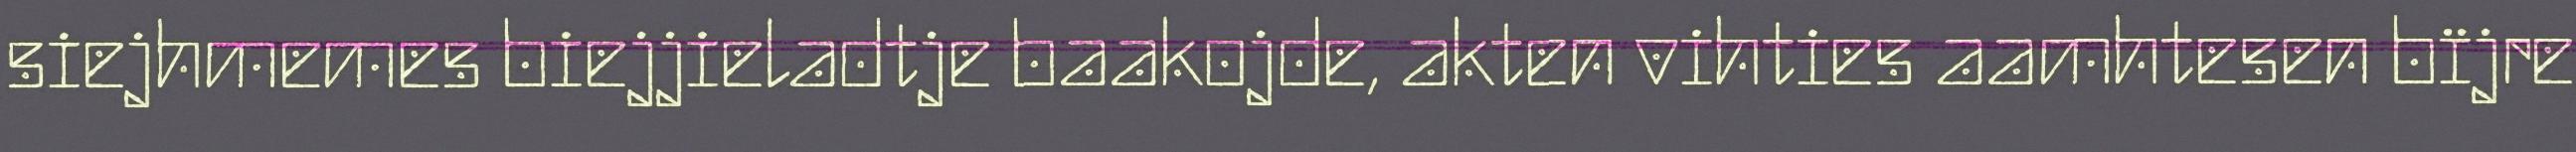
siejhmemes biejjieladtje baakojde, akten vihties aamhtesen bïjre